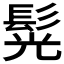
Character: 𩭂